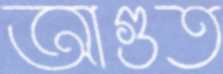
আগুত